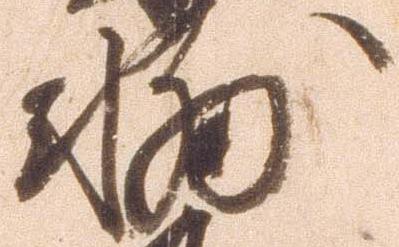
輔